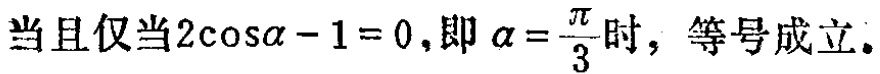
当且仅当\(2\cos\alpha - 1 = 0\),即\(\alpha = \frac{\pi}{3}\)时，等号成立。